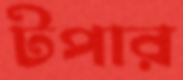
টপার